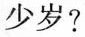
少岁？